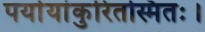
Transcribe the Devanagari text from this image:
पर्यायांकुरितस्मितः।